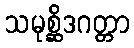
သမုစ္ဆိဒဂတ္တာ